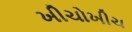
ખીચોખીચ